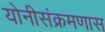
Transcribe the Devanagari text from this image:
योनीसंक्रमणास